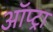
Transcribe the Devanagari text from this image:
ऑप्ट्रा